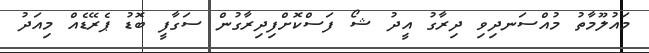
މައުލޫމާތު މުއްސަނދިވި ދިރާގު އީދު ޝޯ ފަސްކޮށްފިދިރާގުން ސަގާފީ ބޮޑު ޕެރޭޑެއް މިއަދު